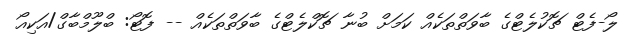
ލޯ-ފެޓް ޗޮކުލެޓްގެ ބާވަތްތަކެއް ކަމަށް ބުނާ ޗޮކްލެޓްގެ ބާވަތްތަކެއް -- ފޮޓޯ: ބްލޫމްބާގް/އަކިއޯ